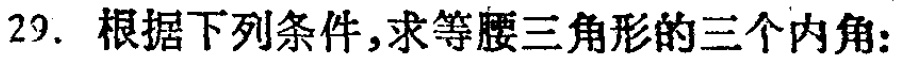
29. 根据下列条件，求等腰三角形的三个内角：